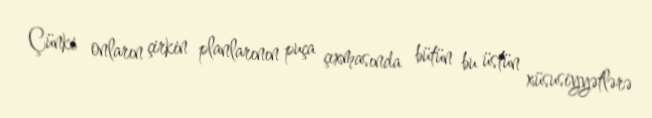
Çünki onların çirkin planlarının puça çıxmasında bütün bu üstün xüsusiyyətlərə